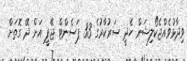
ވިދާޅުވެއްޖެކޯލިޝަން ހެދީ ސަރުކާރުގެ 33 ޕަސެންޓް ޖޭޕީ އަށް ދޭ ގޮތަށް